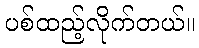
ပစ်ထည့်လိုက်တယ်။